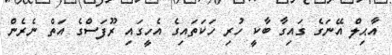
އާޙިލް އޭނަގެ ގައިގާ ބާކީ ހުރި ހަކަތައިގެ އެހީގައި ރޫފަސްގެ އަތް ނެރެން